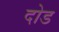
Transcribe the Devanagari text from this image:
दोड